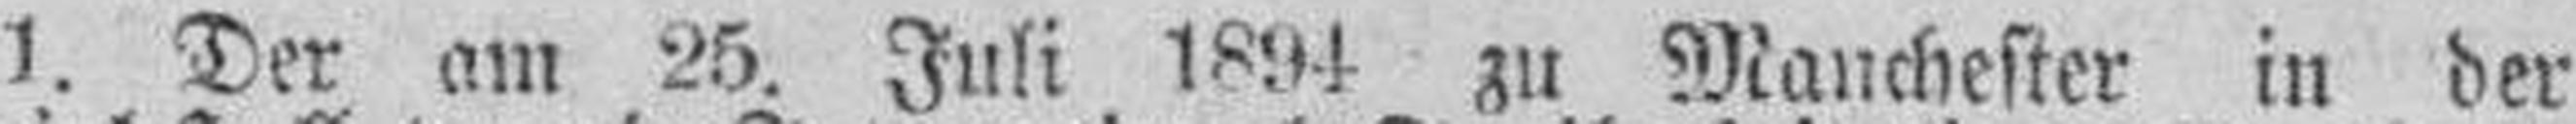
1. Der am 25. Juli 1894 zu Manchester in der